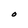
Character: O